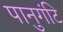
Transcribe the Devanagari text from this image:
पानुगंटि